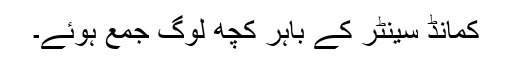
کمانڈ سینٹر کے باہر کچھ لوگ جمع ہوئے۔